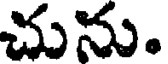
చును.